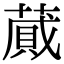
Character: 蕆